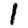
Digit: 1